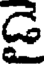
డె